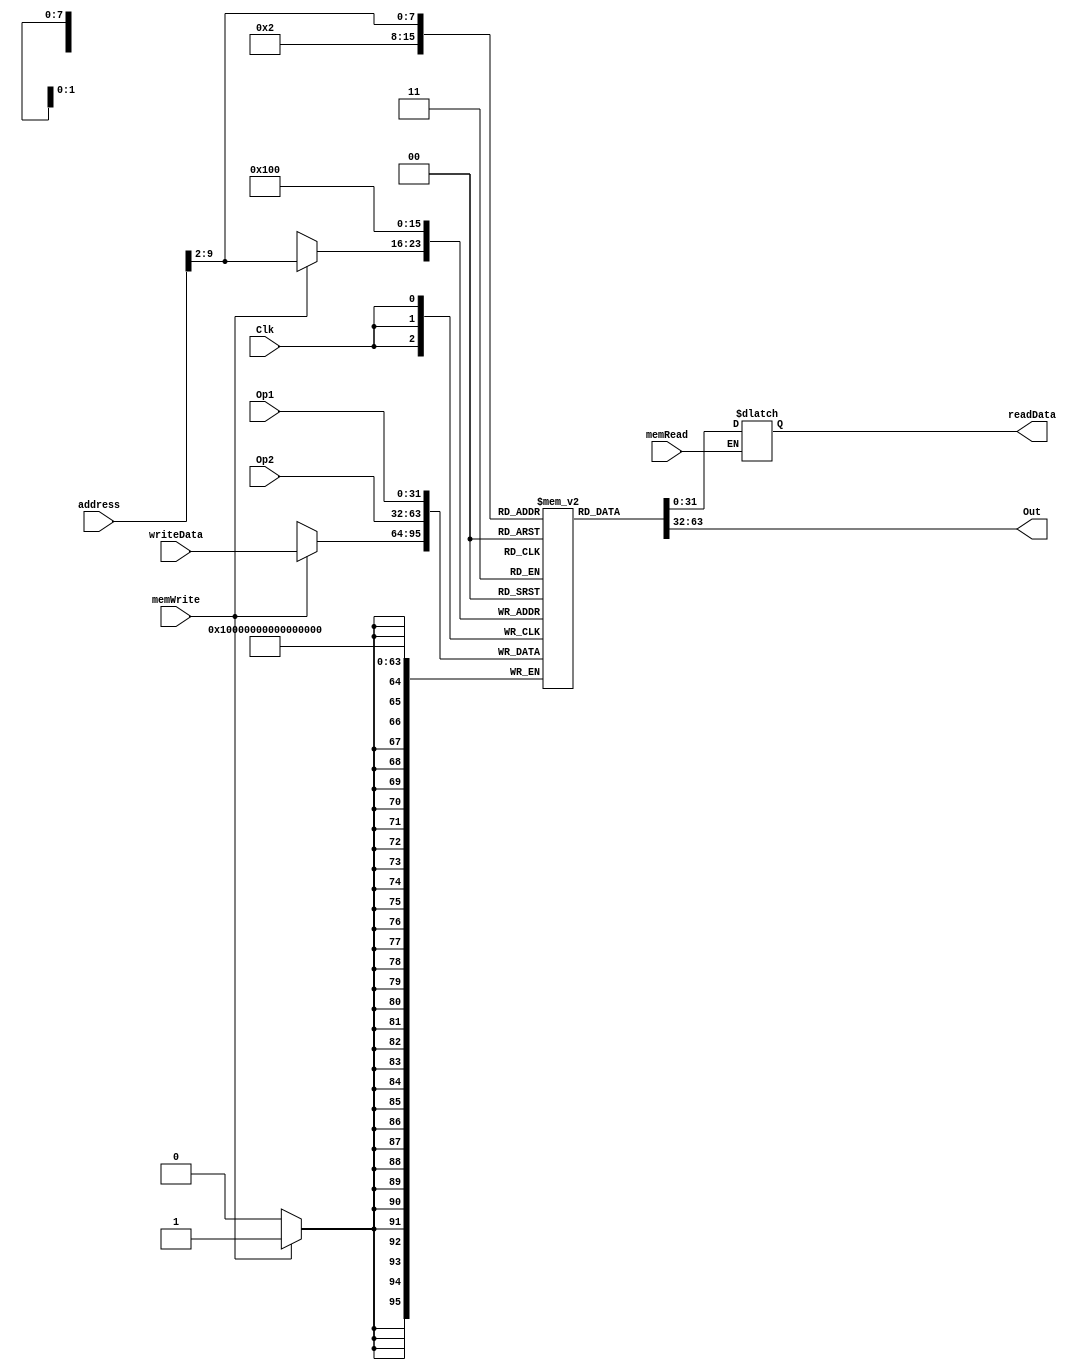
`timescale 1ns / 1ps
//////////////////////////////////////////////////////////////////////////////////
// Company: 
// Engineer: 
// 
// Design Name: 
// Module Name: dataMemory
// Project Name: 
// Target Devices: 
// Tool Versions: 
// Description: 
// 
// Dependencies: 
// 
// Revision:
// Revision 0.01 - File Created
// Additional Comments:
// 
//////////////////////////////////////////////////////////////////////////////////


module dataMemory(
        input Clk,
        input [31:0] address,
        input [31:0] writeData,
        input [31:0] Op1,
        input [31:0] Op2,
        input memRead,
        input memWrite,
        output reg [31:0] readData,//wire assign  reg
        output [31:0] Out
    );
    
    reg [31:0] memFile[0:255];//Q5 
    integer i;
    initial begin
        for(i = 0; i < 255; i = i + 1)
            memFile[i] = 1; 
        readData = 0;
        //$readmemh("E:/Archlab/lab05/lab05.srcs/data",memFIle); 
    end
    assign Out = memFile[2];//mem[2]
    always @ (memWrite or memRead or address)//,assign
        begin
            if (memRead == 1)
            begin
                readData = memFile[address >> 2];
            end
        end
    always @ (negedge Clk) // to change
        begin
            memFile[0] = Op1;//
            memFile[1] = Op2;
            if (memWrite)
                memFile[address >> 2] = writeData;
        end
endmodule